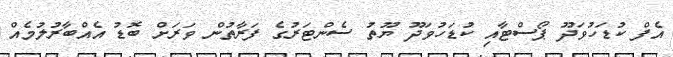
އެފް ކުޑަހުވަދޫ ޕޯސްޓާއި ކުޑަހުވަދޫ ޔޫތު ސެންޓަރުގެ ފަރާތުން ވަރަށް ބޮޑު އެއްބާރުލުމެއް